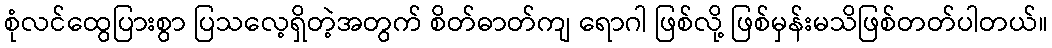
စုံလင်ထွေပြားစွာ ပြသလေ့ရှိတဲ့အတွက် စိတ်ဓာတ်ကျ ရောဂါ ဖြစ်လို့ ဖြစ်မှန်းမသိဖြစ်တတ်ပါတယ်။